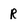
Character: R